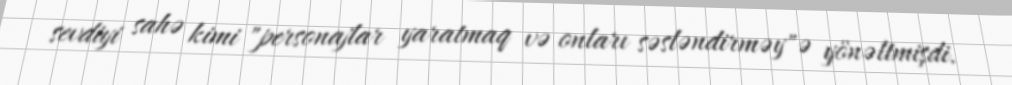
sevdiyi sahə kimi "personajlar yaratmaq və onları səsləndirməy"ə yönəltmişdi.